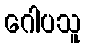
ဂေါပသူ